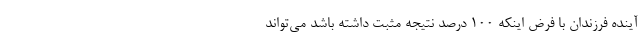
آینده فرزندان با فرض اینکه ۱۰۰ درصد نتیجه مثبت داشته باشد می‌تواند